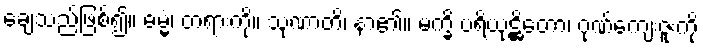
ချေသည်ဖြစ်၍။ ဓမ္မံ၊ တရားကို။ သုဏာတိ၊ နာ၏။ မက္ခိ ပရိယုဋ္ဌိတော၊ ဂုဏ်ကျေးဇူးကို